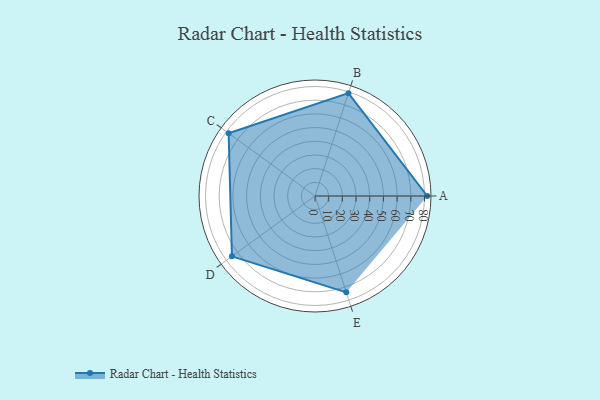
{"axis": {"x": "Skill", "y": "Score"}, "legend": ["Profile"], "data": [{"x": "A", "y": 82.0, "type": "Profile"}, {"x": "B", "y": 79.0, "type": "Profile"}, {"x": "C", "y": 78.0, "type": "Profile"}, {"x": "D", "y": 75.0, "type": "Profile"}, {"x": "E", "y": 74.0, "type": "Profile"}]}